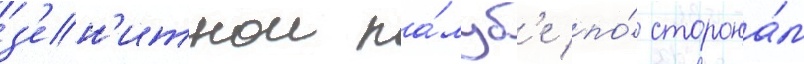
з'ен'итнои па́луб'е по́ сторона́м